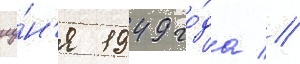
иу́н'я 1949 го́да //